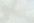
مبادرة